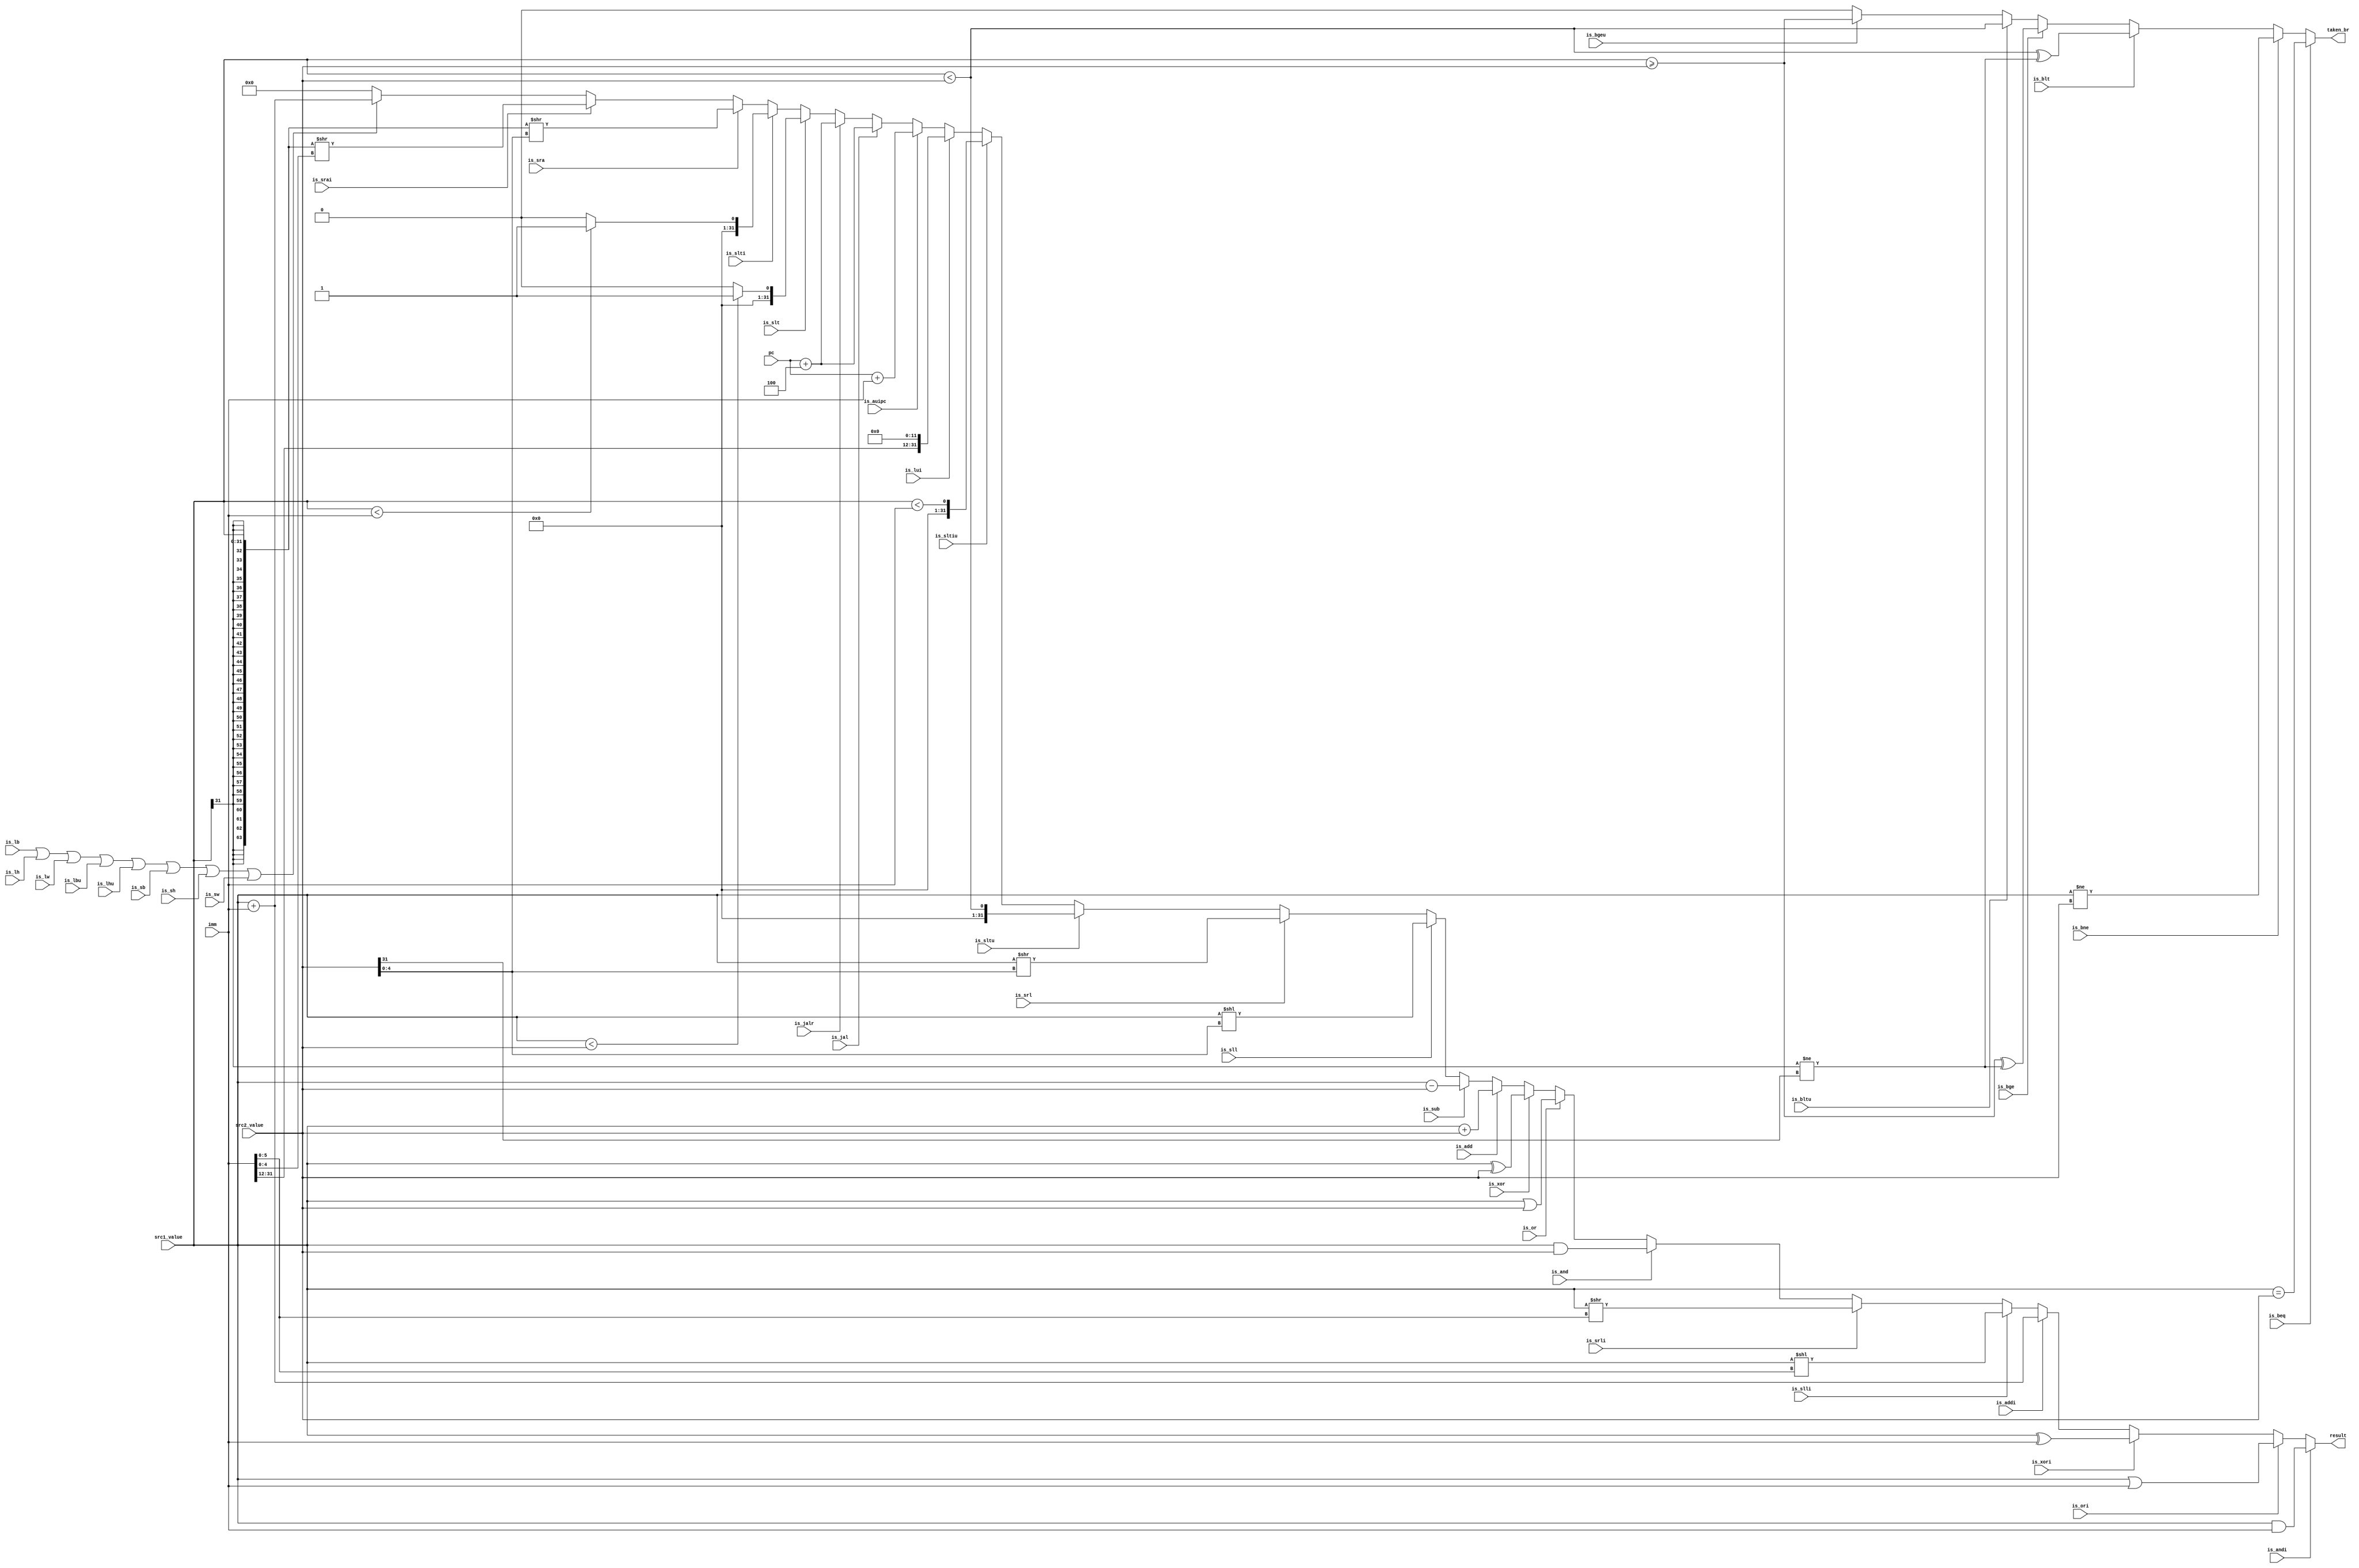
`timescale 1ns / 1ps
//////////////////////////////////////////////////////////////////////////////////
// Company: 
// Engineer: 
// 
// Design Name: 
// Module Name: ALU
// Project Name: 
// Target Devices: 
// Tool Versions: 
// Description: 
// 
// Dependencies: 
// 
// Revision:
// Revision 0.01 - File Created
// Additional Comments:
// 
//////////////////////////////////////////////////////////////////////////////////


module ALU(
            input [31:0] src1_value, 
            input [31:0] src2_value, 
            input [31:0] pc,
            input [31:0] imm,
 
            output [31:0] result,
            output taken_br,
            
            
            input is_lui, is_auipc, is_jal, is_jalr,
            input is_lb, is_lh, is_lw, is_lbu, is_lhu, is_sb, is_sh, is_sw,
            input is_addi,
            input is_slti, is_sltiu,
            input is_xori, is_ori, is_andi, is_slli, is_srli, is_srai,
            input is_add, is_sub, is_sll, is_slt, is_sltu,
            input is_xor, is_srl, is_sra, is_or, is_and,            
            input is_beq, is_bne, is_blt, is_bge, is_bltu, is_bgeu                                  
            );
        
        
        wire [31:0] sltu_rslt, sltiu_rslt;
        wire [63:0] sext_src1, sra_rslt, srai_rslt;
        
        
        assign sltu_rslt = {31'b0, src1_value < src2_value};
        
        assign sltiu_rslt = {31'b0, src1_value < imm};
        
        assign sext_src1 = { {32{src1_value[31]}}, src1_value};
        
        assign sra_rslt = sext_src1 >> src2_value[4:0];
        
        assign srai_rslt = sext_src1 >> imm[4:0];
        
        assign taken_br =   
                            is_beq ? src1_value == src2_value:

                            is_bne ? src1_value != src2_value:

                            is_blt ? ((src1_value < src2_value) ^ (src1_value[31] != src2_value[31])):

                            is_bge ? ((src1_value >= src2_value) ^ (src1_value[31] != src2_value[31])):

                            is_bltu ? (src1_value < src2_value):

                            is_bgeu ? (src1_value >= src2_value): 1'b0;
    
    
    
        assign result = is_andi ?  (src1_value & imm) :
        
                        is_ori ? (src1_value | imm) :
        
                        is_xori ? (src1_value ^ imm) :
        
                        is_addi ? (src1_value + imm) :
        
                        is_slli ? (src1_value << imm[5:0]) :
        
                        is_srli ? (src1_value >> imm[5:0]) :
        
                        is_and ? (src1_value & src2_value) :
        
                        is_or ? (src1_value | src2_value) :
        
                        is_xor ? (src1_value ^ src2_value) :
        
                        is_add ? (src1_value + src2_value):
        
                        is_sub ? (src1_value - src2_value) :
        
                        is_sll ? (src1_value << src2_value[4:0]) :
        
                        is_srl ? (src1_value >> src2_value[4:0]) :
        
                        is_sltu ? sltu_rslt :
        
                        is_sltiu ? sltiu_rslt :
        
                        is_lui ? {imm[31:12],12'b0} :
        
                        is_auipc ? pc + imm :
        
                        is_jal ? pc + 32'd4 : 
        
                        is_jalr ? pc + 32'd4 :
        
                        is_slt ? ( ($signed(src1_value) < $signed(src2_value)) ?
                                    31'b1 : 31'b0 ) :
                        
                        is_slti ? ( ($signed(src1_value) < $signed(imm)) ?
                                        31'b1 : 31'b0 ) :

                        is_sra ? sra_rslt[31:0] :
                        
                        is_srai ? srai_rslt[31:0] : 
                        
                        (is_lb | is_lh | is_lw | is_lbu | is_lhu | is_sb | is_sh | is_sw) ? (src1_value + imm ) : 32'b0;
    
                
endmodule